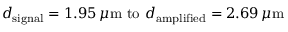
d _ { \mathrm { s i g n a l } } = 1 . 9 5 \, \mu \mathrm { m } \mathrm { \ t o \ } d _ { \mathrm { a m p l i f i e d } } = 2 . 6 9 \, \mu \mathrm { m }